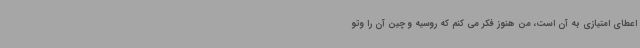
اعطای امتیازی به آن است، من هنوز فکر می کنم که روسیه و چین آن را وتو